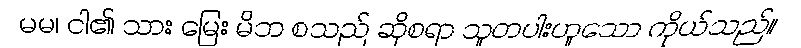
မမ၊ ငါ၏ သား မြေး မိဘ စသည် ဆိုစရာ သူတပါးဟူသော ကိုယ်သည်။